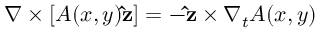
\nabla \times [ A ( x , y ) \mathbf { \hat { z } } ] = - \mathbf { \hat { z } } \times \nabla _ { t } A ( x , y )